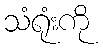
သံရုံးကို